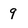
Character: 9